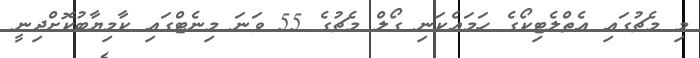
މި މެޗުގައި އެތްލެޓިކޯގެ ހަމައެކަނި ގޯލް މެޗުގެ 55 ވަނަ މިނެޓްގައި ކާމިޔާބުކޮށްދިނީ